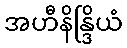
အဟီနိန္ဒြိယံ